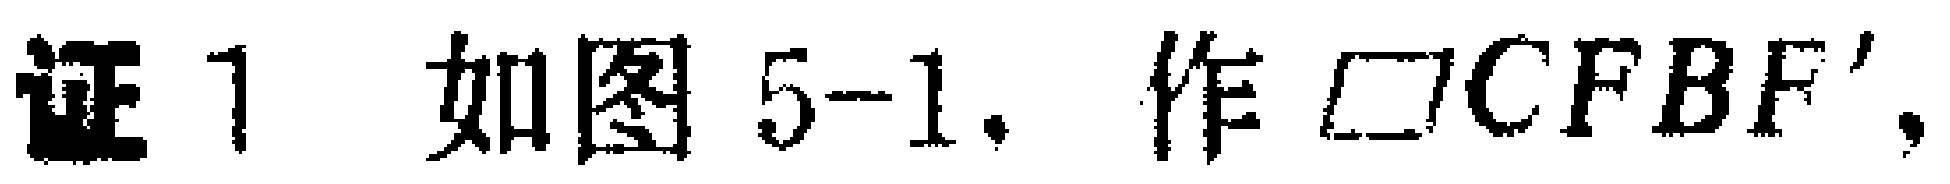
证1 如图5-1. 作$\square CFBF'$,